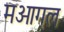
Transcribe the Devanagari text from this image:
मओगल